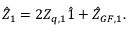
\hat { Z } _ { 1 } = 2 Z _ { q , 1 } \hat { 1 } + \hat { Z } _ { G F , 1 } .